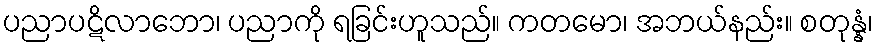
ပညာပဋိလာဘော၊ ပညာကို ရခြင်းဟူသည်။ ကတမော၊ အဘယ်နည်း။ စတုန္နံ၊